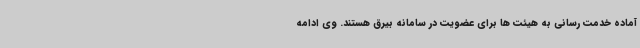
آماده خدمت رسانی به هیئت ها برای عضویت در سامانه بیرق هستند. وی ادامه